Vaccination in Bombay 1863-1868 - 1863-1868
Year: 1863
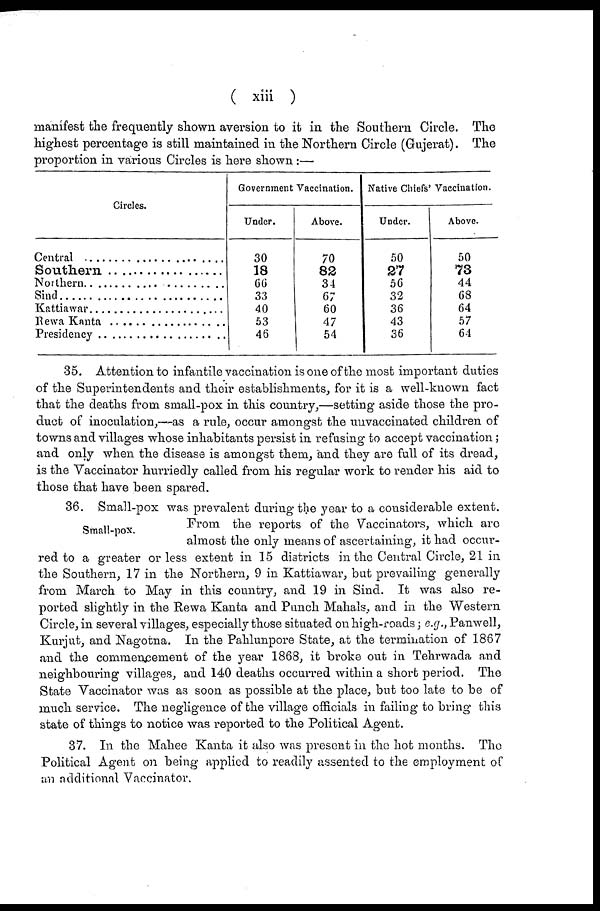
( xiii )
manifest the frequently shown aversion to it in the Southern Circle. The
highest percentage is still maintained in the Northern Circle (Gujerat). The
proportion in various Circles is here shown :—
Circles.
Central ........................
Southern ....................
Northern ........................
Sind........................
Kattiawar ........................
Rewa Kanta ....................
Presidency ....................
Government Vaccination.
Under.
30
18
66
33
40
53
46
Above.
70
82
34
67
60
47
54
Native Chiefs' Vaccination.
Under.
50
27
56
32
36
43
36
Above.
50
73
44
68
64
57
64
35. Attention to infantile vaccination is one of the most important duties
of the Superintendents and their establishments, for it is a well-known fact
that the deaths from small-pox in this country,—setting aside those the pro-
duct of inoculation,—as a rule, occur amongst the unvaccinated children of
towns and villages whose inhabitants persist in refusing to accept vaccination;
and only when the disease is amongst them, and they are full of its dread,
is the Vaccinator hurriedly called from his regular work to render his aid to
those that have been spared.
Small-pox.
36. Small-pox was prevalent during the year to a considerable extent.
From the reports of the Vaccinators, which are
almost the only means of ascertaining, it had occur-
red to a greater or less extent in 15 districts in the Central Circle, 21 in
the Southern, 17 in the Northern, 9 in Kattiawar, but prevailing generally
from March to May in this country, and 19 in Sind. It was also re-
ported slightly in the Rewa Kanta and Punch Mahals, and in the Western
Circle, in several villages, especially those situated on high-roads; e.g., Panwell,
Kurjut, and Nagotna. In the Pahlunpore State, at the termination of 1867
and the commencement of the year 1868, it broke out in Tehrwada and
neighbouring villages, and 140 deaths occurred within a short period. The
State Vaccinator was as soon as possible at the place, but too late to be of
much service. The negligence of the village officials in failing to bring this
state of things to notice was reported to the Political Agent.
37. In the Mahee Kanta it also was present in the hot months. The
Political Agent on being applied to readily assented to the employment of
an additional Vaccinator.